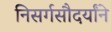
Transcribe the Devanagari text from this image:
निसर्गसौदर्यांने